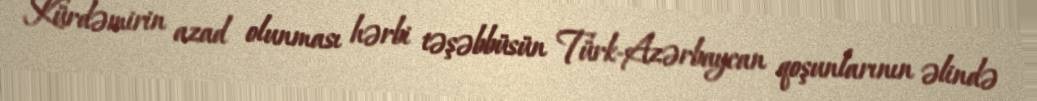
Kürdəmirin azad olunması hərbi təşəbbüsün Türk-Azərbaycan qoşunlarının əlində